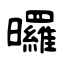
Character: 曪